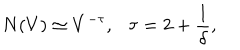
LaTeX: N ( V ) \simeq V ^ { - \tau } , \tau = 2 + \frac { 1 } { \delta } ,